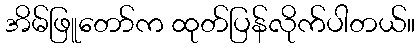
အိမ်ဖြူတော်က ထုတ်ပြန်လိုက်ပါတယ်။